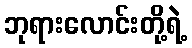
ဘုရားလောင်းတို့ရဲ့